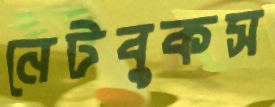
নেটবুকস